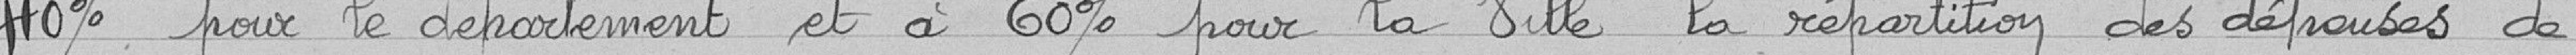
40% pour le département et à 60% pour la ville la répartition des dépenses de